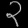
Digit: ၃